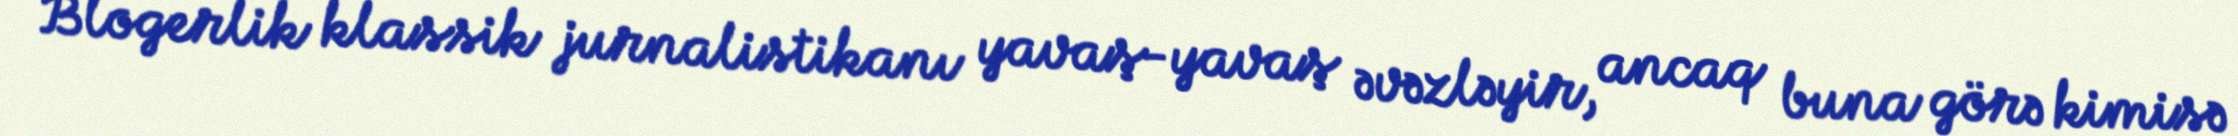
Blogerlik klassik jurnalistikanı yavaş-yavaş əvəzləyir, ancaq buna görə kimisə